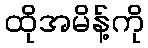
ထိုအမိန့်ကို